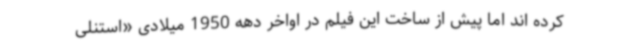
کرده اند اما پیش از ساخت این فیلم در اواخر دهه 1950 میلادی «استنلی